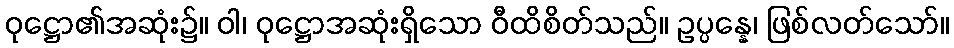
ဝုဋ္ဌော၏အဆုံး၌။ ဝါ၊ ဝုဋ္ဌောအဆုံးရှိသော ဝီထိစိတ်သည်။ ဥပ္ပန္နေ၊ ဖြစ်လတ်သော်။